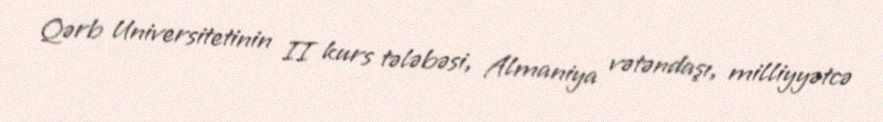
Qərb Universitetinin II kurs tələbəsi, Almaniya vətəndaşı, milliyyətcə